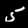
Digit: 5